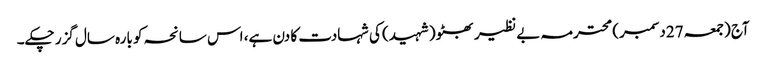
آج (جمعہ 27دسمبر) محترمہ بے نظیر بھٹو (شہید) کی شہادت کا دن ہے، اس سانحہ کو بارہ سال گزر چکے۔